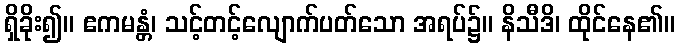
ရှိခိုး၍။ ဧကမန္တံ၊ သင့်တင့်လျောက်ပတ်သော အရပ်၌။ နိသီဒိ၊ ထိုင်နေ၏။